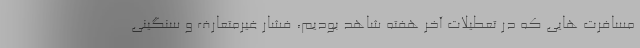
مسافرت هایی که در تعطیلات آخر هفته شاهد بودیم، فشار غیرمتعارف و سنگینی